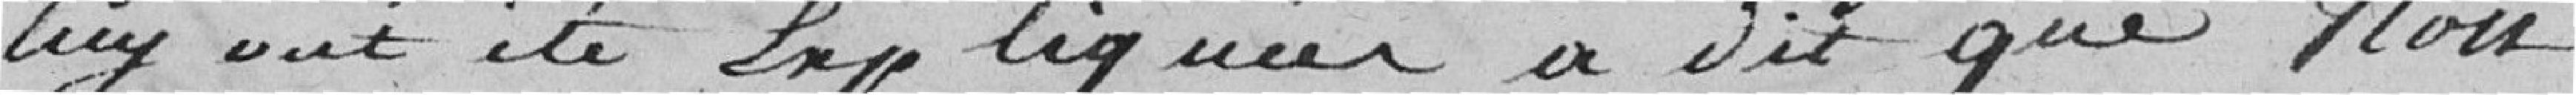
lui ont été expliquées a dit que non.